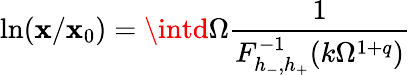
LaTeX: \ln(\mathbf{x}/\mathbf{x}_{0})=\intd\Omega\frac{{1}}{{F_{h_{-},h_{+}}^{-1}(k\Omega^{1+q})}}